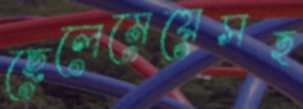
ছেলেমেয়েসহ